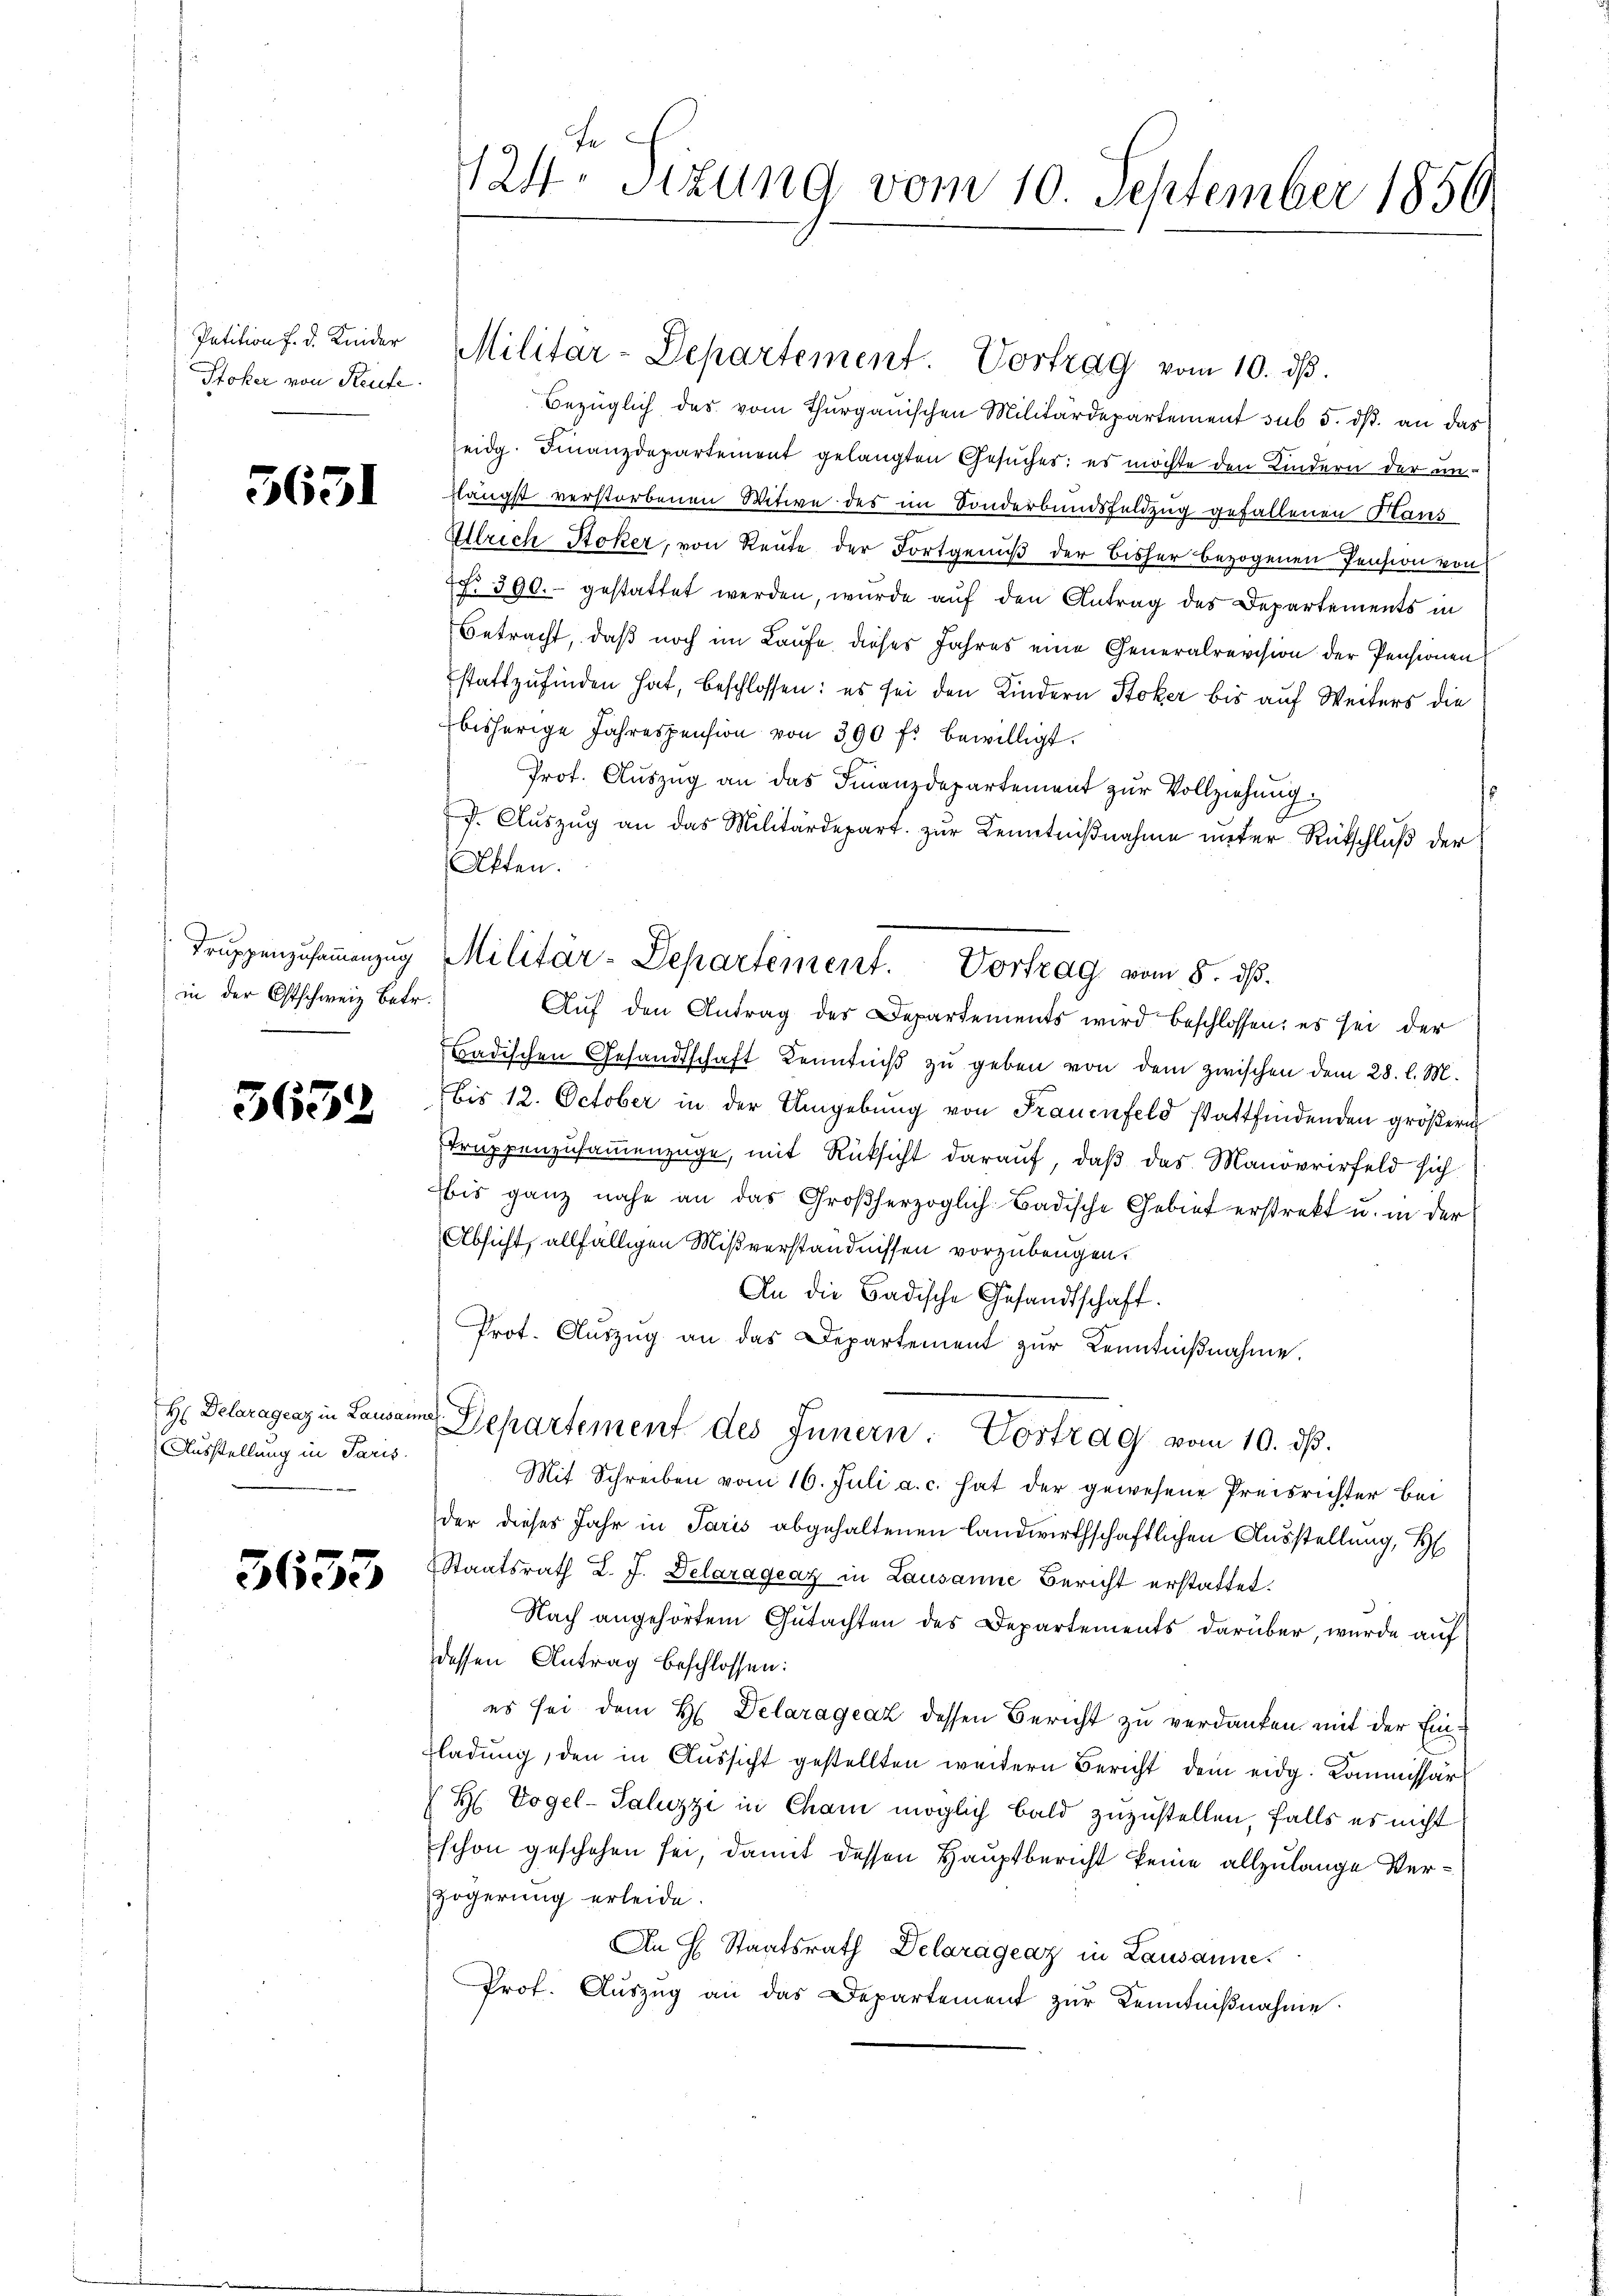
Petition f. d. Kinder
Stoker von Reute.

5631

in der Ostschweiz Betr.

3652

H Delaragenz in Lausan
Ausstellung in Paris.

3653

fe
124. Sitzung vom 10. September 1856

Bezüglich des vom Thurgauischen Militärdepartement sub 5. dβ an das
eidg. Finanzdepartement gelangten Gesuches: es möchte den Kindern der unflängst verstorbenen Witwe des im Sonderbundsfeldzug gefallenen Haus
Ullrich Stoker, von Reute der Fortgenuß der bisher bezogenen Pension von
c. 390. gestattet werden, wurde auf den Antrag des Departements in
Betracht, daß noch im Laufe dieses Jahres eine Generalrevision der Pensionen
stattzufinden hat, beschlossen: es sei den Kindern Stoker bis auf Weiters die
bisherige Jahrespension von 390 f. bewilligt.
Prot. Auszug an das Finanzdepartement zur Vollziehung.
f. Aŭszŭg an das Militärdepart zŭr Kenntniβnahme unter Rückschlŭβ der
Akten.
Auf den Antrag des Departements wird beschlossen; es sei der
Badischen Gesandtschaft Kenntniß zu geben von dem zwischen dem 28. l. M.
bis 12. October in der Umgebung von Frauenfeld stattfindenden größern
truppenzusammenzüge, mit Rücksicht darauf, daß das Manövrirfeld sich
bis ganz nahe an das Großherzoglich-Badische Gebiet erstrekt u. in der
Absicht, allfälligen Mißverständnissen vorzubeugen.
An die Badische Gesandtschaft.
Prot. Aŭszŭg an das Departement zŭr Kenntniβnahme.
 Departement des Innern. Vortrag vom 10. ds.
Mit Schreiben vom 16. Juli a. c. hat der gewesene Preisrichter bei
der dieses Jahr in Paris abgehaltenen landwirthschaftlichen Ausstellung, H
Staatsrath L. J. Delarágeaz in Lausanne Bericht erstattet.
Nach angehörtem Gutachten des Departements darüber, wurde auf
dessen Antrag beschlossen:
es sei dem H. Delaragraz dessen Bericht zu verdanken mit der Einladung, den in Aussicht gestellten weitern Bericht dem eidg. Kommissär
 H. Vogel-Saluzzi in Cham möglich bald zuzustellen, falls es nicht
schon geschehen sei, damit dessen Hauptbericht keine allzulange Verzögerung erleide.
An H. Staatsrath Delarágeaz in Lausanne.
Prot. Auszug an das Departement zur Kenntnißnahme:

Truppenzusammenzug Militär-Departement. Vortrag vom 8. ds.

Militar-Departement. Vortrag vom 10. dβ.